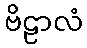
ဗိဠာလံ